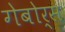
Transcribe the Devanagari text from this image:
गेबोर्स